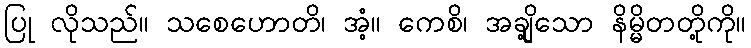
ပြု လိုသည်။ သစေဟောတိ၊ အံ့။ ကေစိ၊ အချို့သော နိမ္မိတတို့ကို။